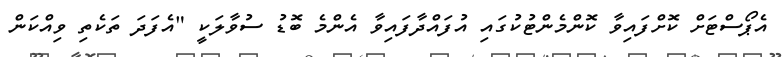
އެޕޯސްޓަށް ކޮށްފައިވާ ކޮންމެންޓުކުގައި އުފައްދާފައިވާ އެންމެ ބޮޑު ސުވާލަކީ "އެފަދަ ތަކެތި ވިއްކަން